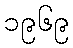
၁၉၆၉